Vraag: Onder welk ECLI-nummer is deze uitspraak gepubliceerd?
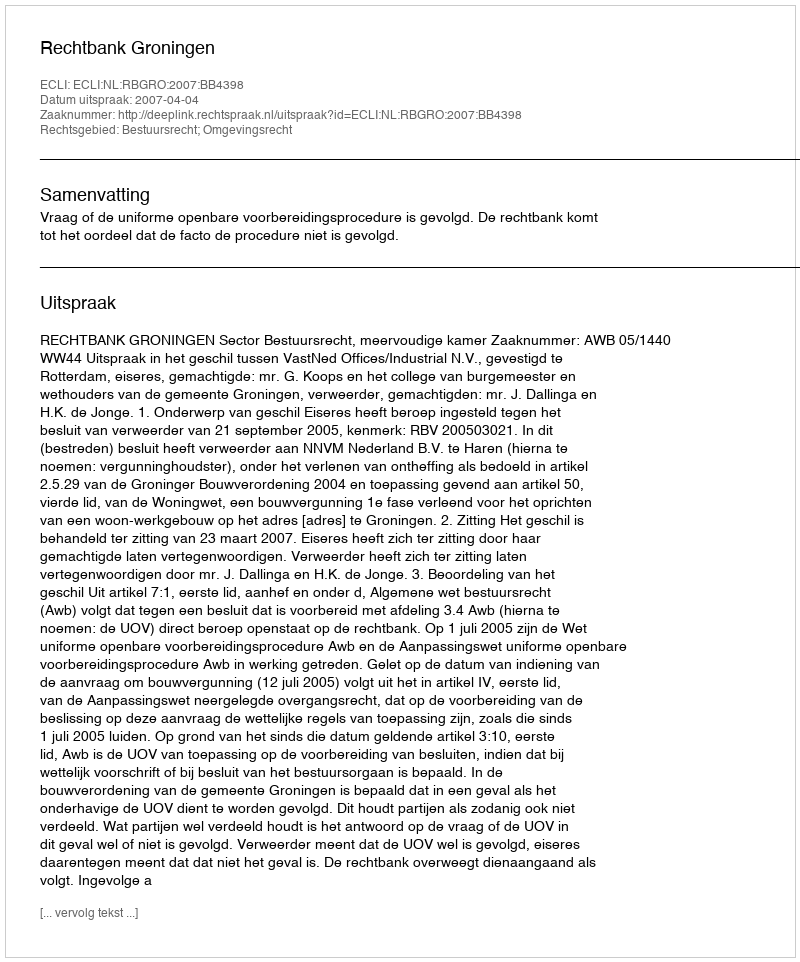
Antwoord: ECLI:NL:RBGRO:2007:BB4398